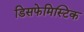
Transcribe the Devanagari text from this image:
डिसफेमिस्टिक